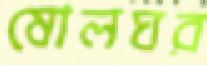
ষোলঘর